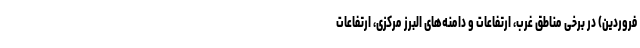
فروردین) در برخی مناطق غرب، ارتفاعات و دامنه‌های البرز مرکزی، ارتفاعات